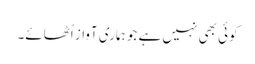
کوئی بھی نہیں ہے جو ہماری آواز اُٹھائے۔